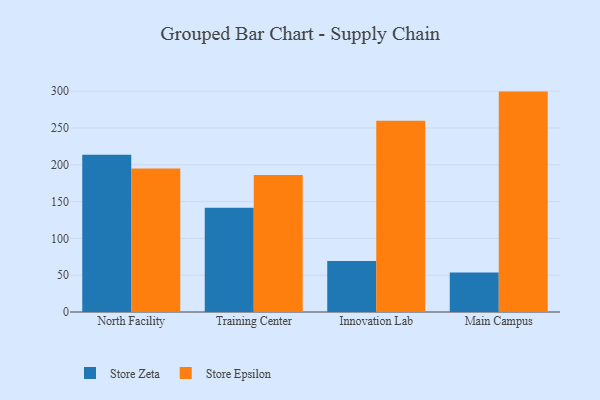
{"axis": {"x": "Campus", "y": "Gross Profit (USD K)"}, "legend": ["Store Epsilon", "Store Zeta"], "data": [{"x": "North Facility", "y": 213.6, "type": "Store Zeta"}, {"x": "North Facility", "y": 194.8, "type": "Store Epsilon"}, {"x": "Training Center", "y": 141.6, "type": "Store Zeta"}, {"x": "Training Center", "y": 186.1, "type": "Store Epsilon"}, {"x": "Innovation Lab", "y": 69.2, "type": "Store Zeta"}, {"x": "Innovation Lab", "y": 259.8, "type": "Store Epsilon"}, {"x": "Main Campus", "y": 53.8, "type": "Store Zeta"}, {"x": "Main Campus", "y": 299.4, "type": "Store Epsilon"}]}